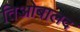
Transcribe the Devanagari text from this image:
तिओबालद